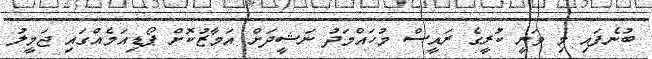
ބުނެފައި މި ވަނީ ކުރީގެ ރައީސް މުހައްމަދު ނަޝީދަށް އަމާޒުކޮށް ޕޯޑިއަމެއްގައި ޖަމީލު